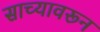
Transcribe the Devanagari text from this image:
साच्यावरून